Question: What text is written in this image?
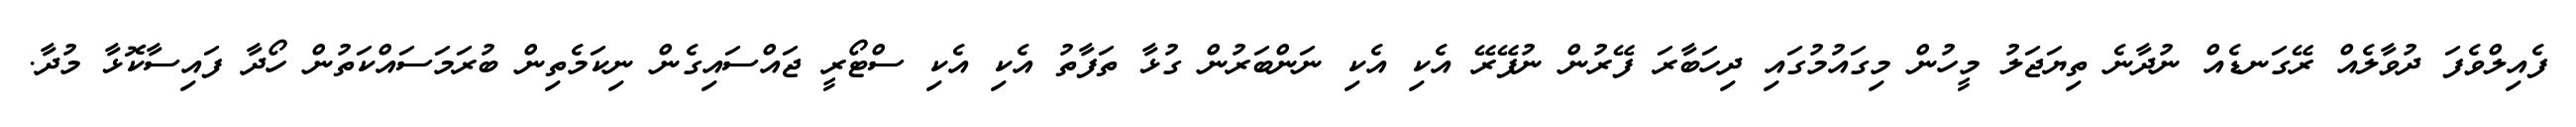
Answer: ފެއިލްވެފަ ދުވާލެއް ރޭގަނޑެއް ނުދާނެ ތިޔަޖަލު މީހުން މިގައުމުގައި ދިހަބާރަ ފޭރުން ނުފޭރޭ އެކި އެކި ނަންބަރުން ގުޅާ ތަފާތު އެކި އެކި ސްޓޯރީ ޖައްސައިގެން ނިކަމެތިން ބުރަމަސައްކަތުން ހޯދާ ފައިސާކޮޅާ މުދާ.